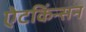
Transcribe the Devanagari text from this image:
ऐटकिंन्सन